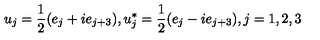
u _ { j } = \frac { 1 } { 2 } ( e _ { j } + i e _ { j + 3 } ) , u _ { j } ^ { * } = \frac { 1 } { 2 } ( e _ { j } - i e _ { j + 3 } ) , j = 1 , 2 , 3